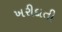
ખરીદાતી